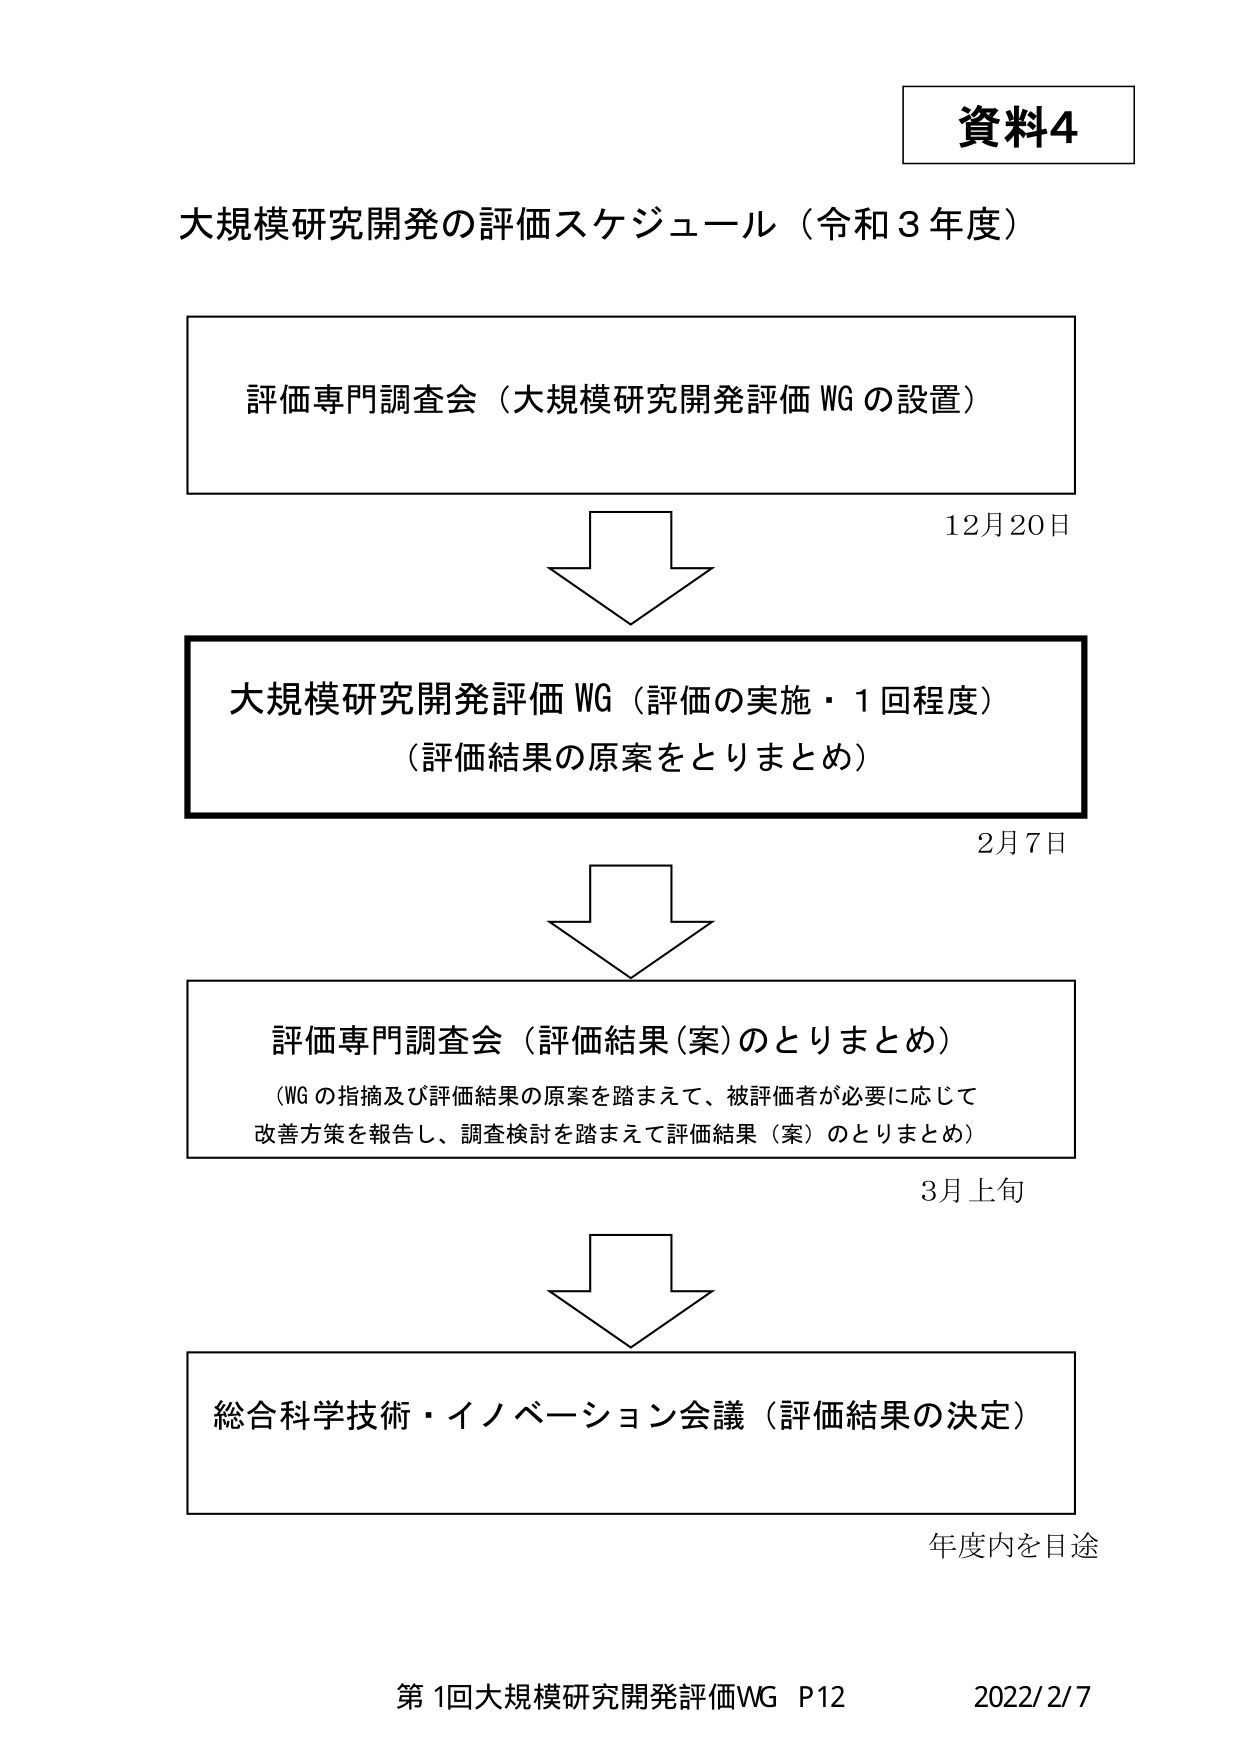
資料4

大規模研究開発の評価スケジュール（令和３年度）

評価専門調査会（大規模研究開発評価 WG の設置）

12月20日

大規模研究開発評価 WG（評価の実施・1回程度）
（評価結果の原案をとりまとめ）

2月7日

評価専門調査会（評価結果（案）のとりまとめ）
（WG の指摘及び評価結果の原案を踏まえて、被評価者が必要に応じて
改善方策を報告し、調査検討を踏まえて評価結果（案）のとりまとめ）

3月上旬

総合科学技術・イノベーション会議（評価結果の決定）

年度内を目途

第1回大規模研究開発評価WG P12 2022/2/7